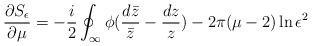
LaTeX: \begin{align*}\frac{\partial S_\epsilon}{\partial \mu} = -\frac{i}{2}\oint_\infty\phi(\frac{d\bar z}{\bar z}- \frac{d z}{ z}) - 2\pi(\mu-2)\ln\epsilon^2\end{align*}